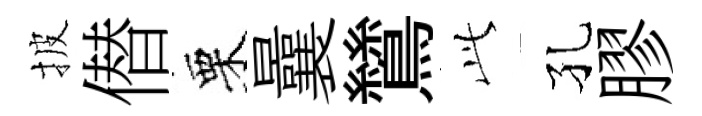
披僣栗曩鷥𬼘孔膠